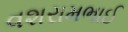
વશરામભાઈ